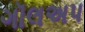
ગૉલઅપ